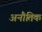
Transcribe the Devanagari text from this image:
अनौतिक